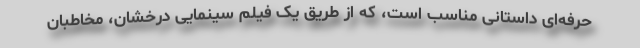
حرفه‌ای داستانی مناسب است، که از طریق یک فیلم سینمایی درخشان، مخاطبان